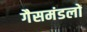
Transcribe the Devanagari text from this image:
गैसमंडलों